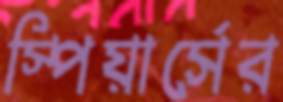
স্পিয়ার্সের